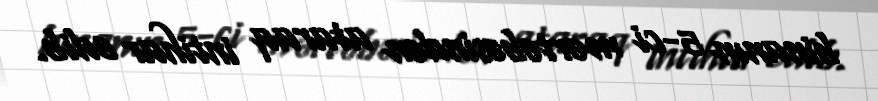
binanın 5-ci mərtəbəsindən ataraq intihar edib.